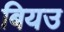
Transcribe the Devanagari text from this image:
बियउ